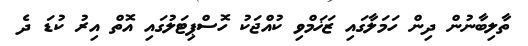
ތާލިބާނުން ދިން ހަމަލާގައި ޒަޚަމްވި ކުއްޖަކު ހޮސްޕިޓަލުގައި އޮތް އިރު ކުޑަ ދެ